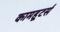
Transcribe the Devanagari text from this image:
कामहूटर्स